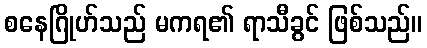
စနေဂြိုဟ်သည် မကရ၏ ရာသီခွင် ဖြစ်သည်။